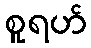
စူရဟ်